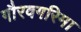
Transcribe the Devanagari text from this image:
गौरवगरिमा